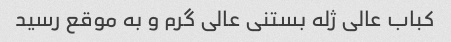
کباب عالی ژله بستنی عالی گرم و به موقع رسید